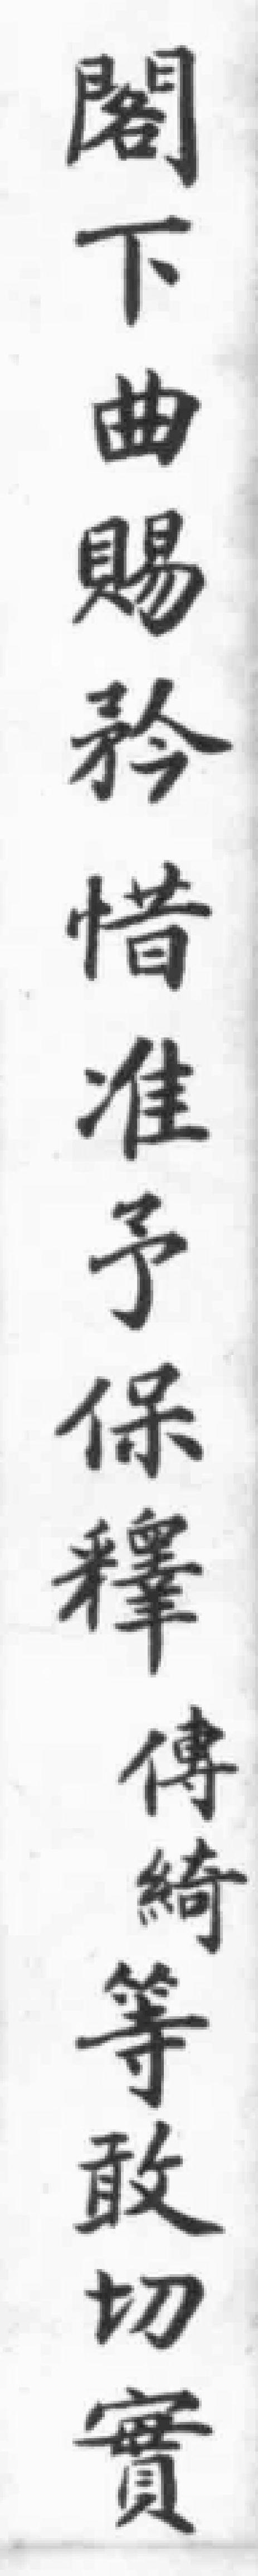
閣下曲賜矜惜准予保釋傳綺等敢切實